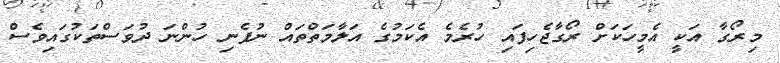
މިރޯގާ އަކީ އެމީހަކަށް ރޯގާޖެހިފައި ހުރެމެ އެކަމުގެ އަލާމަތްތައް ނުފެނި ހުންނަ ދުވަސްތަކުގައިވެސް